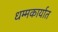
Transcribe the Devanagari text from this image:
धम्मकार्यात